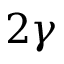
2 \gamma